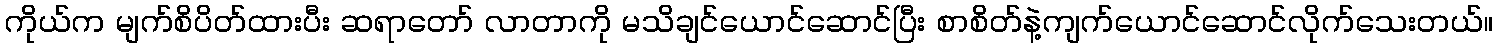
ကိုယ်က မျက်စိပိတ်ထားပီး ဆရာတော် လာတာကို မသိချင်ယောင်ဆောင်ပြီး စာစိတ်နဲ့ကျက်ယောင်ဆောင်လိုက်သေးတယ်။